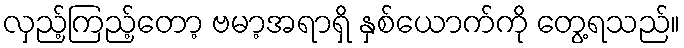
လှည့်ကြည့်တော့ ဗမာ့အရာရှိ နှစ်ယောက်ကို တွေ့ရသည်။